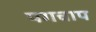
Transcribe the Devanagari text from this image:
पगचाप